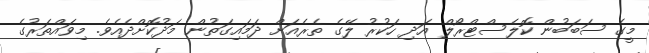
މީގެ ސަބަބުން ކޮލެސްޓްރޯލް އަދި ހަކުރު ލޭގެ ތެރެއަށް ދަމައިގަތުން މަދުކޮށްދެއެވެ. މިވައްތަރުގެ